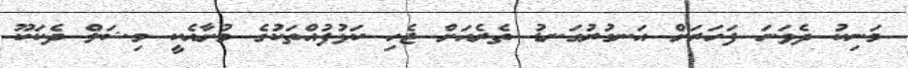
މަނިކު ދެވަނަ ފަހަރަށް އަނގުރުގަނޑު ތެރެއަށް ޖެހި ކަޅުފުއްތަކުގެ މުށާއެކީ މިޝަލް ދެކަކޫ